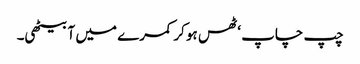
چپ چاپ ‘ ٹھس ہو کر کمرے میں آ بیٹھی۔